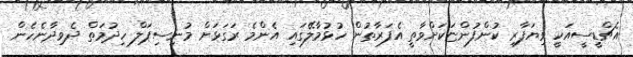
އެޗްޑީސީއަކީ ވިޔަފާރި ކުންފުންޏަކަށްވާތީ އެފަރާތުން ހުޅުމާލޭގައި އެންމެ ރަގަޅަށް މުނިސިޕަލް ހިދުމަތް ދެވިދާނެހެން